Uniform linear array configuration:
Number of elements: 24
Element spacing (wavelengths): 0.75
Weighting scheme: kaiser
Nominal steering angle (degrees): -15
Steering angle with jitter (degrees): -13.536
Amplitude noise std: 0.05
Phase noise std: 0.05

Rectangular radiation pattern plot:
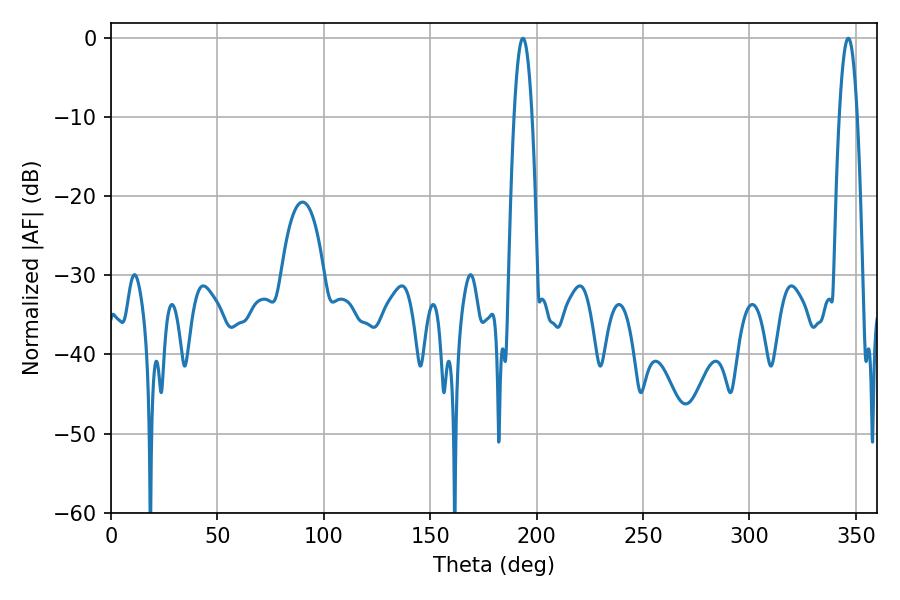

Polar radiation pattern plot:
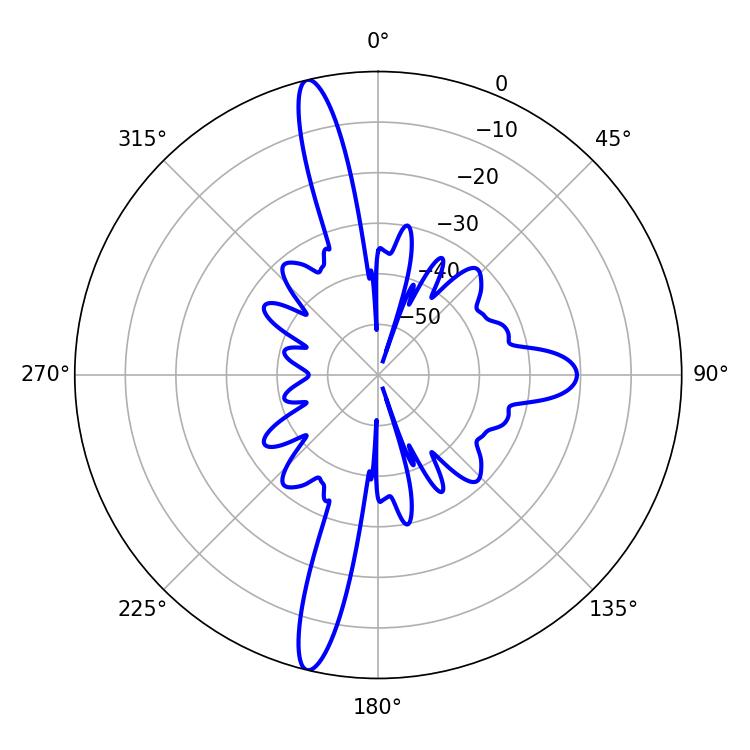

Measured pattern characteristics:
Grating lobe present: TRUE
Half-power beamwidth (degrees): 4.5
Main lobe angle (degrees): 193.5